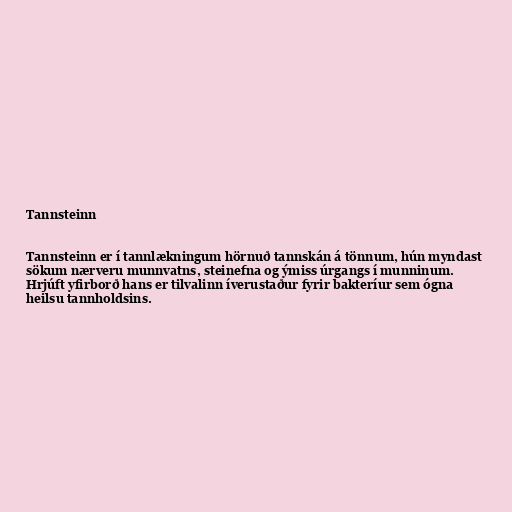
Tannsteinn

Tannsteinn er í tannlækningum hörnuð tannskán á tönnum, hún myndast
sökum nærveru munnvatns, steinefna og ýmiss úrgangs í munninum.
Hrjúft yfirborð hans er tilvalinn íverustaður fyrir bakteríur sem ógna
heilsu tannholdsins.